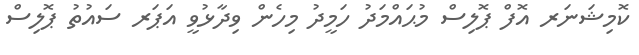
ކޮމިޝަނަރ އޮފް ޕޮލިސް މުޙައްމަދު ހަމީދު މިހެން ވިދާޅުވީ އަޕަރ ސައުތު ޕޮލިސް